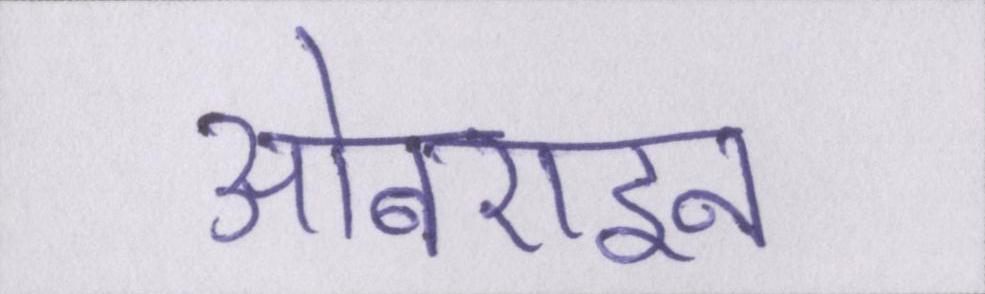
ओबराइन